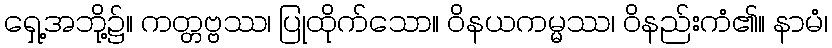
ရှေ့အဘို့၌။ ကတ္တဗ္ဗဿ၊ ပြုထိုက်သော။ ဝိနယကမ္မဿ၊ ဝိနည်းကံ၏။ နာမံ၊